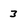
Character: 3